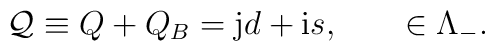
{\cal{Q}} \equiv Q+Q_B  = {\bf\mbox{j}}d+{\bf\mbox{i}}s, \qquad\in\Lambda_-.